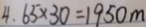
4 . 6 5 \times 3 0 = 1 9 5 0 m